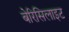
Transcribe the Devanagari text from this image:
बेरिसिलाइट